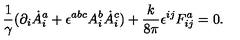
\frac { 1 } { \gamma } ( \partial _ { i } \dot { A } _ { i } ^ { a } + \epsilon ^ { a b c } A _ { i } ^ { b } \dot { A } _ { i } ^ { c } ) + \frac { k } { 8 \pi } \epsilon ^ { i j } F _ { i j } ^ { a } = 0 .